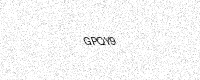
Text: GPQY9